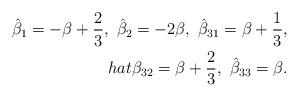
LaTeX: \begin{align*}\hat{\beta}_{1}=-\beta+{2\over3},\ \hat{\beta}_{2}=-2\beta,\ \hat{\beta}_{31}=\beta+{1\over3},\\hat{\beta}_{32}=\beta+{2\over3},\ \hat{\beta}_{33}=\beta.\end{align*}